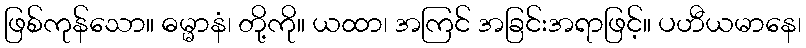
ဖြစ်ကုန်သော။ ဓမ္မာနံ၊ တို့ကို။ ယထာ၊ အကြင် အခြင်းအရာဖြင့်။ ပဟီယမာနေ၊